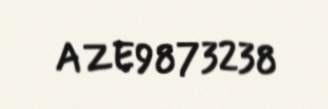
AZE9873238